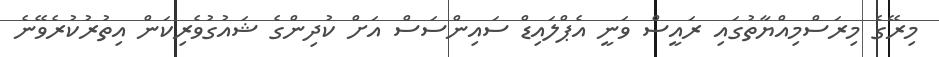
މިރޭގެ މިރަސްމިއްޔާތުގައި ރައީސް ވަނީ އެޕްލައިޑް ސައިންސަސް އަށް ކުދިންގެ ޝައުގުވެރިކަން އިތުރުކުރެވޭނެ